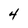
Character: 4